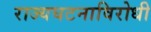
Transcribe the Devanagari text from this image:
राज्यघटनाविरोधी